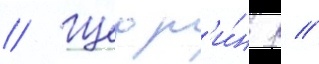
// Щедр'и́н р //